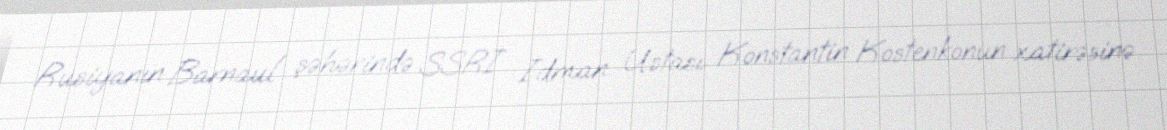
Rusiyanın Barnaul şəhərində SSRİ İdman Ustası Konstantin Kostenkonun xatirəsinə